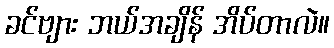
ခင်ဗျား ဘယ်အချိန် အိပ်တာလဲ။